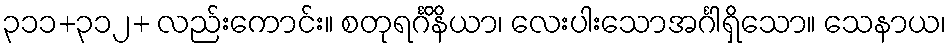
၃၁၁+၃၁၂+ လည်းကောင်း။ စတုရင်္ဂိနိယာ၊ လေးပါးသောအင်္ဂါရှိသော။ သေနာယ၊